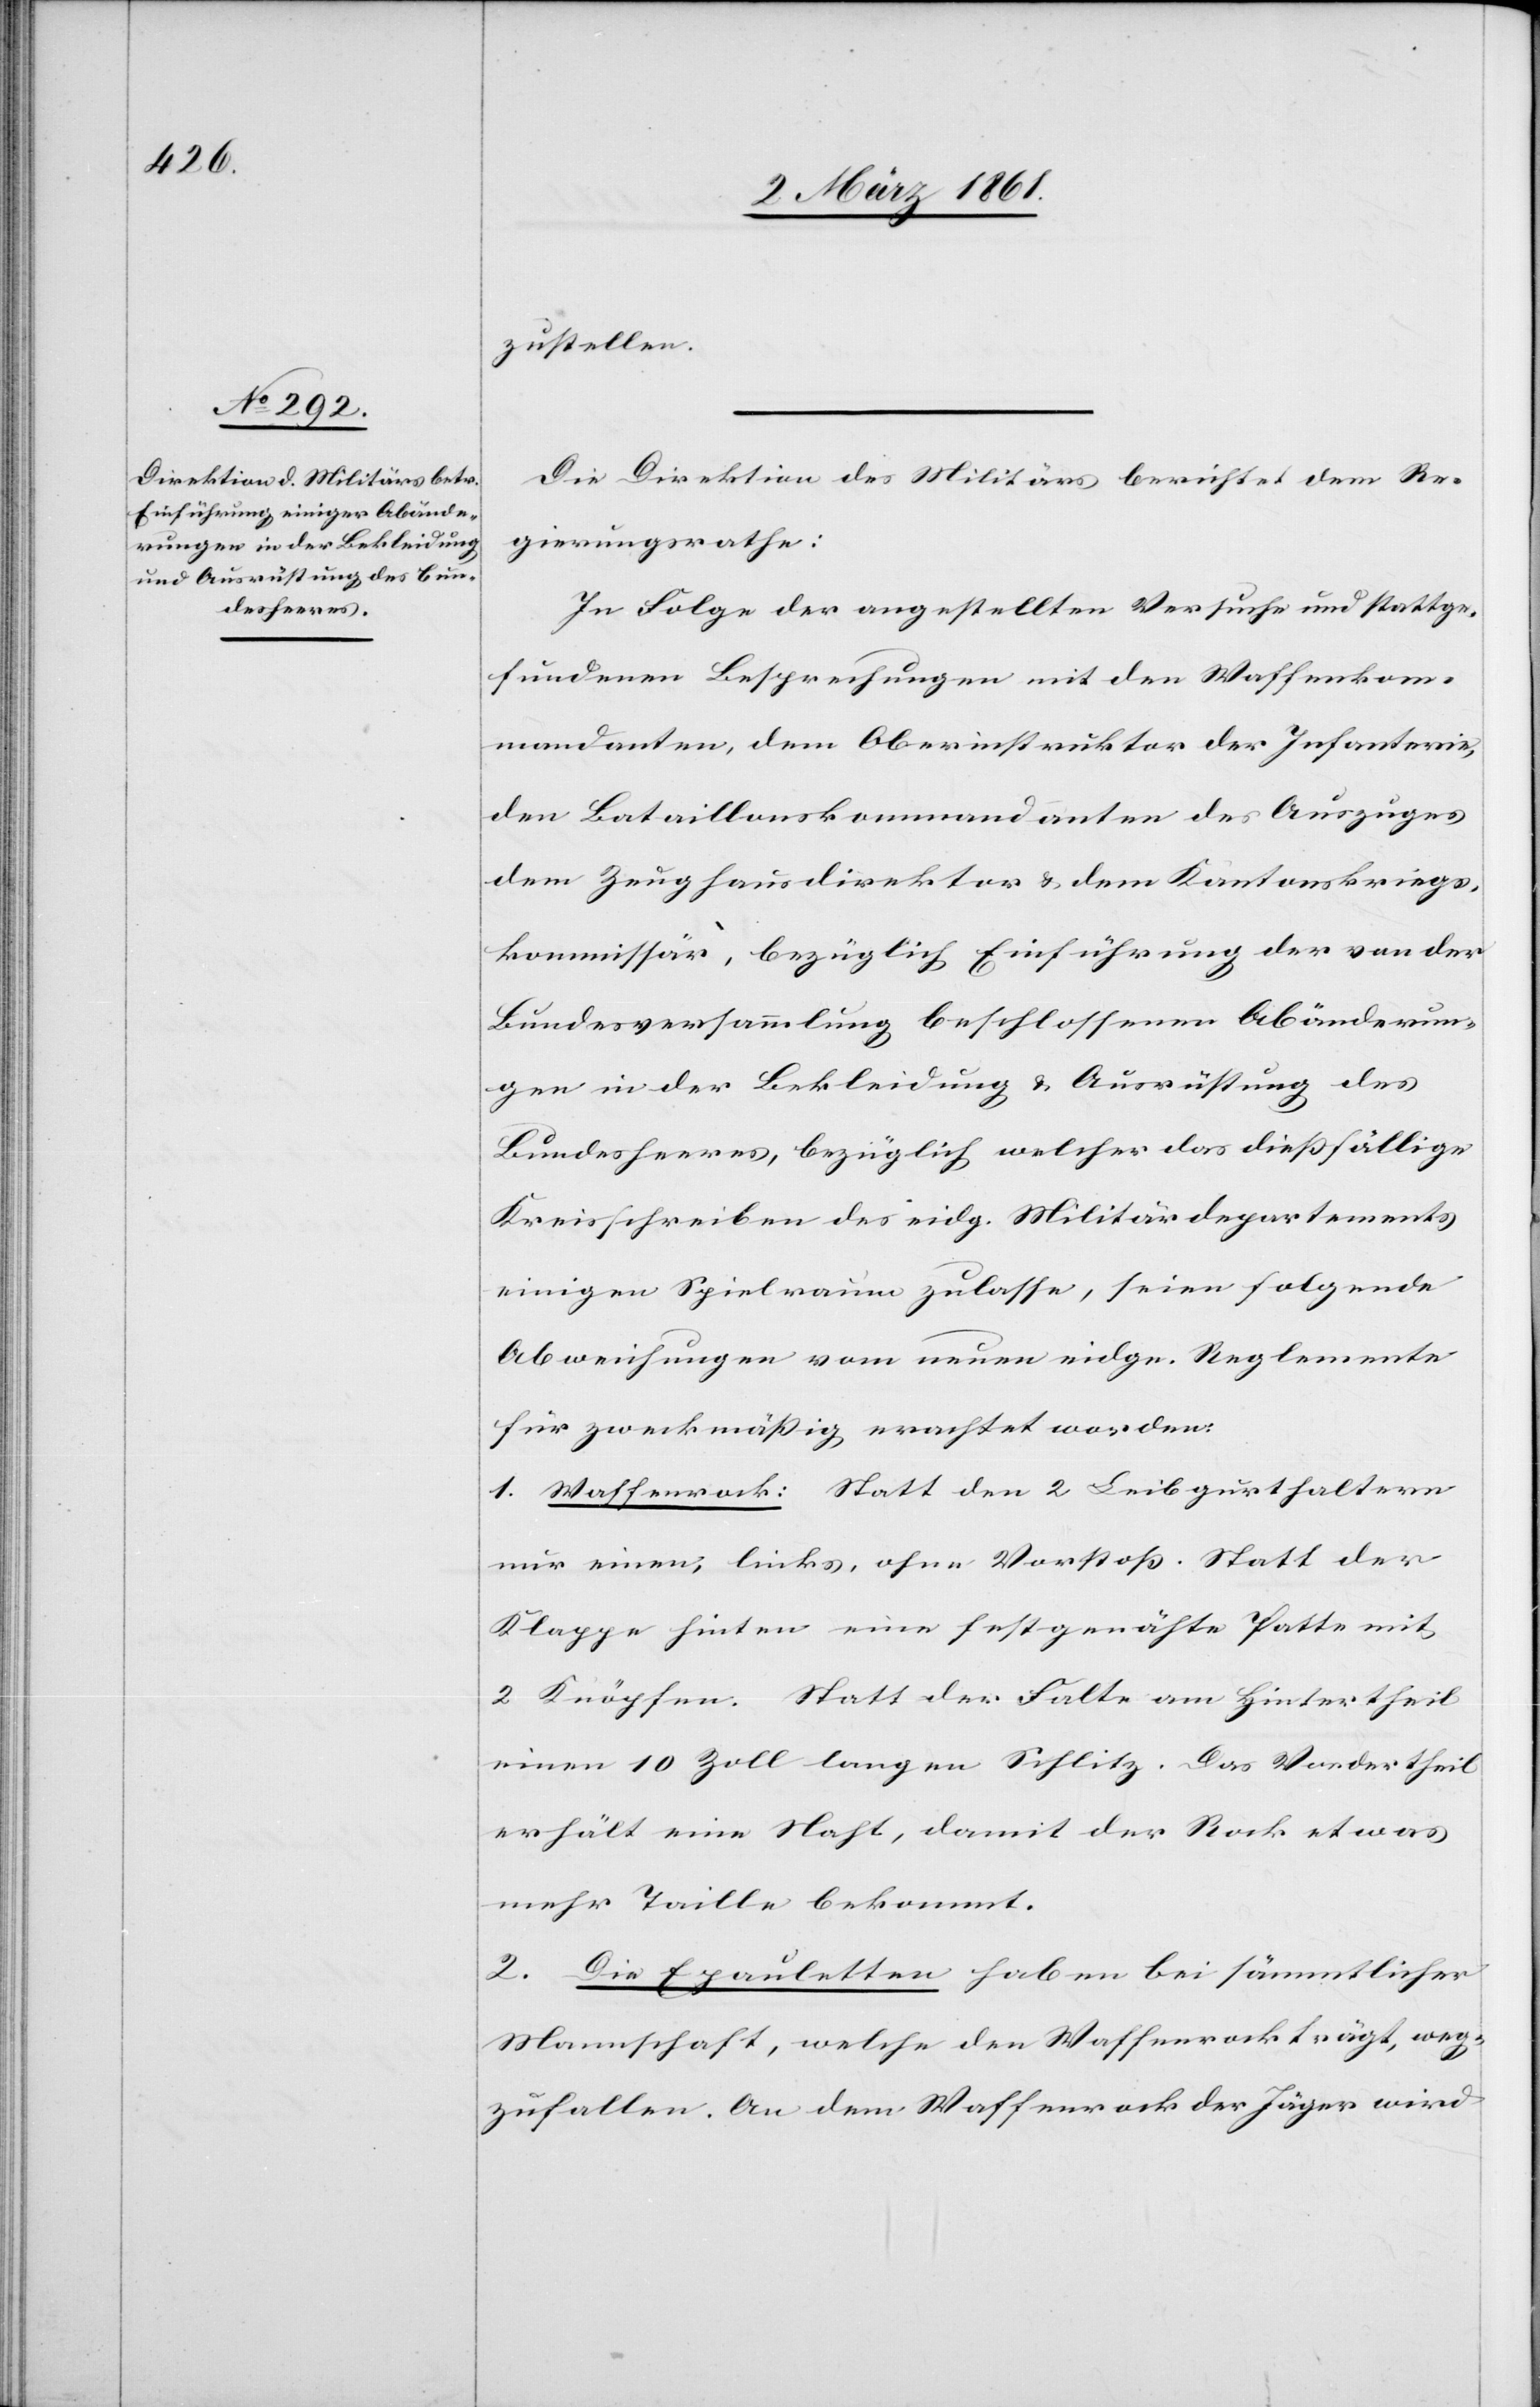
zustellen.
Die Direktion des Militärs berichtet dem Re¬
gierungsrathe:
In Folge der angestellten Versuche und stattge¬
fundenen Besprechungen mit den Waffenkom¬
mandanten, dem Oberinstruktor der Infanterie,
den Bataillonskommandanten des Auszuges
dem Zeughausdirektor u. dem Kantonskriegs¬
kommissär, bezüglich Einführung der von der
Bundesversammlung beschlossenen Abänderun¬
gen in der Bekleidung u. Ausrüstung des
Bundesheeres, bezüglich welcher das diessfällige
Kreisschreiben des eidg. Militärdepartements
einigen Spielraum zulasse, seien folgende
Abweichungen vom neuen eidge. Reglemente
für zweckmässig erachtet worden:
1. Waffenrock: Statt den 2 Leibgurthaltern
nur einen, links, ohne Vorstoss. Statt der
Klappe hinten eine festgenähte Patte mit
2 Knöpfen. Statt der Falte am Hintertheil
einen 10 Zoll langen Schlitz. Das Vordertheil
erhält eine Naht, damit der Rock etwas
mehr Taille bekommt.
2. Die Epauletten haben bei sämmtlicher
Mannschaft, welche den Waffenrock trägt, weg¬
zufallen. An dem Waffenrock der Jäger wird